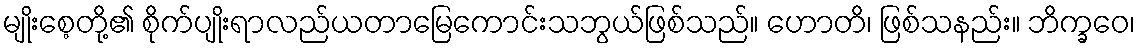
မျိုးစေ့တို့၏ စိုက်ပျိုးရာလည်ယတာမြေကောင်းသဘွယ်ဖြစ်သည်။ ဟောတိ၊ ဖြစ်သနည်း။ ဘိက္ခဝေ၊